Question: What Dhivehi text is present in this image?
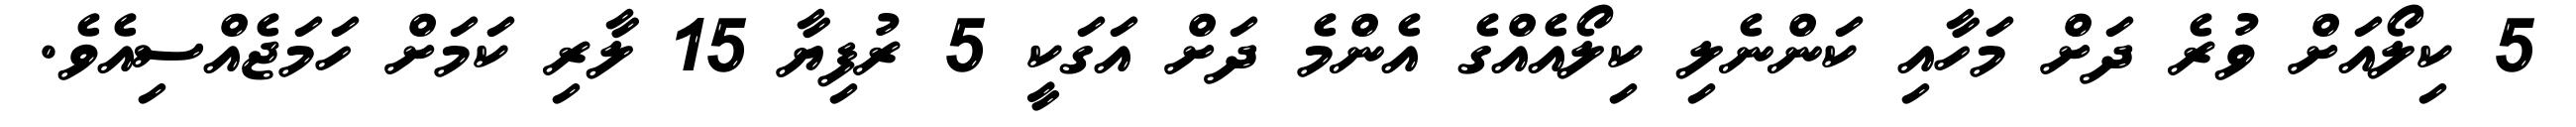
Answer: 5 ކިލޯއަށް ވުރެ ދަށް މަހާއި ކަންނެލި ކިލޯއެއްގެ އެންމެ ދަށް އަގަކީ 5 ރުފިޔާ 15 ލާރި ކަމަށް ހަމަޖެއްސިއެވެ.